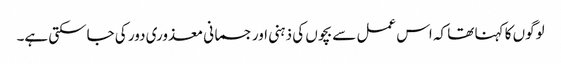
لوگوں کا کہنا تھا کہ اس عمل سے بچوں کی ذہنی اور جسمانی معذوری دور کی جاسکتی ہے۔